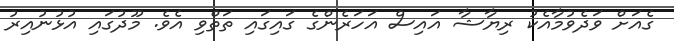
ގެއަށް ވަދެވުމާއެކު ރިޔާޝާ އައިސް އަހަރެންގެ ގައިގައި ތަތްވި އެވެ. މޫދުގައި އުޅުނުއިރު